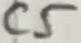
Text: C5